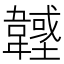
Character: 𩏟